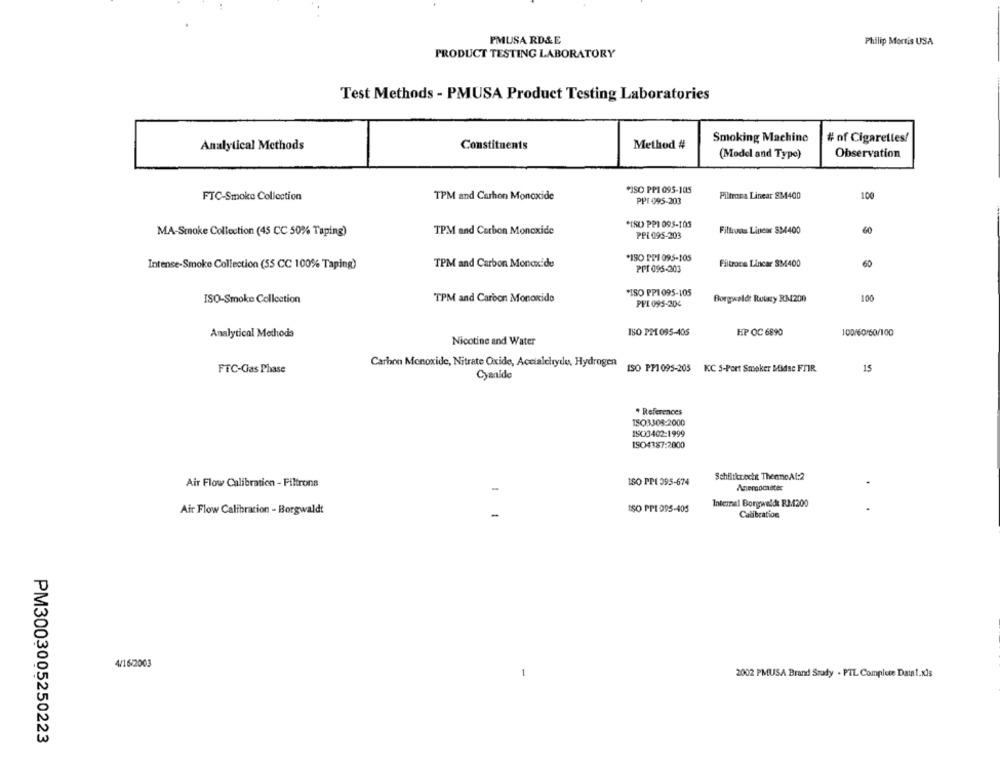
PMUSA RD&E
Philip Morris USA
PRODUCT TESTING LABORATORY
Test Methods - PMUSA Product Testing Laboratories
Smoking Machine
Analytical Methods
Constituents
Method #
# of Cigarettes/
(Model and Type)
Observation
PISO PPI 095-105
FTC-Smoke Collection
TPM and Carbon Monoxide
Piltrana Linear 884400
100
PPI 095-203
*[RU PPI 095-105
Filtroas Linear SM400
60
MA-Smoke Collection (45 CC 50% Taping)
TPM and Carbon Monoxide
PPL 095-203
*ISO PPI 095-105
Intense-Smoke Collection (55 CC 100% Taping)
TPM and Carbon Monoxide
PPI 095-203
Filtrona Lincar 83/4400
60
*ISO PP1 095-105
Borgwaldt Rubry RM200
100
ISO-Smoke Collection
TPM and Carbon Monoxide
PPL 095-204
Analytical Methods
ISO PPL 095-405
EP OC 6890
100/60/60/100
Nicotine and Water
Carbon Monoxide, Nitrate Oxide, Acetaleltyde, Hydrogen
FTC-Gas Phase
ISO PP1095-205 KC 5-Port Smoker Midac FTIR.
15
Cyanide
* References
1503305-2000
1900402-1999
ISO4387:2000
1SO PPI 395-674
Schfitkrecht ThennoAl:2
Air Flow Calibration - Filtrona
Anemochacer
Internal Borgwelde R3200
Air Flow Calibration - Borgwaldt
ISO PPI 095-405
Calibration
4/16/2003
1
2002 PMUSA Brand Stady . PTL Complete Datat.xls
PM3003005250223